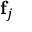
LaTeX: \mathbf { f } _ { j }